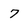
Character: 7